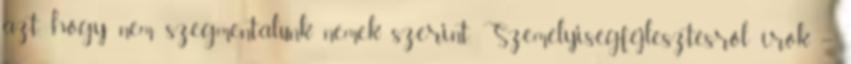
azt, hogy nem szegmentálunk nemek szerint. Személyiségfejlesztésről írok –